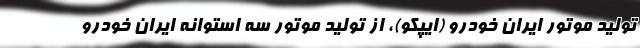
تولید موتور ایران خودرو (ایپکو)، از تولید موتور سه استوانه ایران خودرو